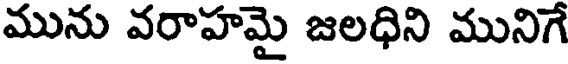
మును వరాహమై జలధిని మునిగే